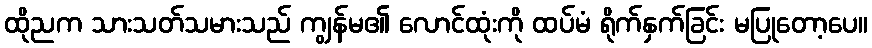
ထိုညက သားသတ်သမားသည် ကျွန်မ၏ လောင်ထုံးကို ထပ်မံ ရိုက်နှက်ခြင်း မပြုတော့ပေ။